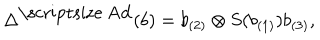
LaTeX: \Delta ^ { \mathrm { \scriptsize ~ A d } } ( b ) = b _ { ( 2 ) } \otimes S ( b _ { ( 1 ) } ) b _ { ( 3 ) } ,